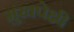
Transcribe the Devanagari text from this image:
मुखपेक्षी